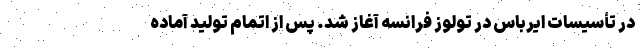
در تأسیسات ایرباس در تولوز فرانسه آغاز شد. پس از اتمام تولید آماده